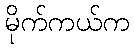
မိုက်ကယ်က